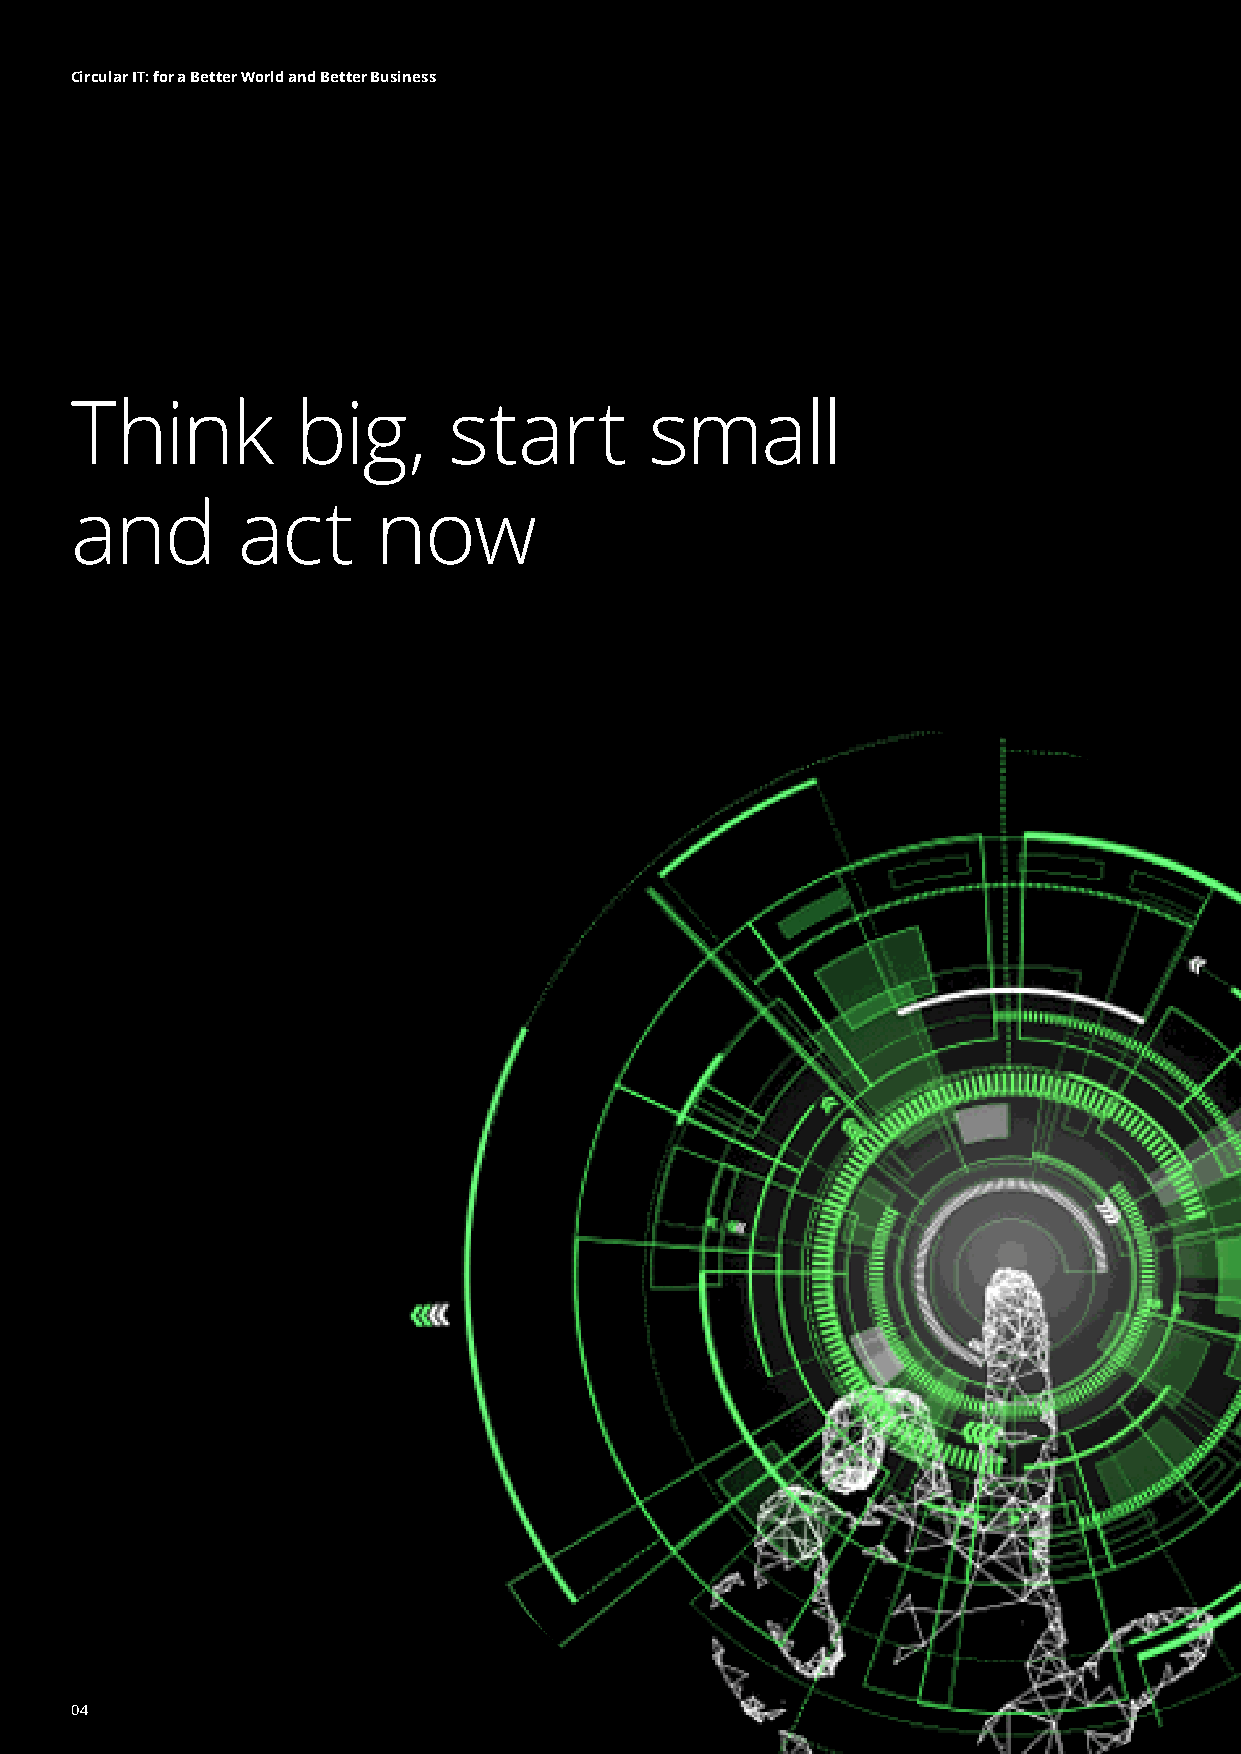
Circular IT: for a Better World and Better Business
 Think          big,      start        small
 and        act      now
 04